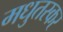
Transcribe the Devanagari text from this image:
मधुतस्कर